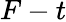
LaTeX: F-t